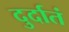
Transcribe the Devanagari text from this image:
दुर्दातं